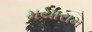
મયારામ